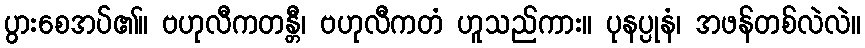
ပွားစေအပ်၏။ ဗဟုလီကတန္တီ၊ ဗဟုလီကတံ ဟူသည်ကား။ ပုနပ္ပုနံ၊ အဖန်တစ်လဲလဲ။